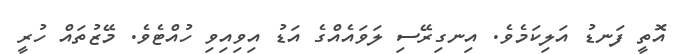
އޮތީ ފަނޑު އަލިކަމެވެ. އިނގިރޭސި ލަވައެއްގެ އަޑު އިވިއިވި ހުއްޓެވެ. މޭޒުތައް ހުރީ